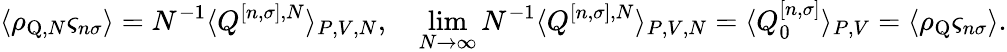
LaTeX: \langle\rho_{\mathrm{Q},N}\varsigma_{n\sigma}\rangle=N^{-1}\langle Q^{[n,\sigma],N}\rangle_{P,V,N},\quad\operatorname*{lim}_{N\to\infty}N^{-1}\langle Q^{[n,\sigma],N}\rangle_{P,V,N}=\langle Q_{0}^{[n,\sigma]}\rangle_{P,V}=\langle\rho_{\mathrm{Q}}\varsigma_{n\sigma}\rangle.